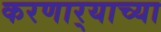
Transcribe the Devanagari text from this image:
करणार्‍याच्या